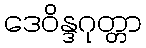
ဒေဝိန္ဒဂုတ္တာ